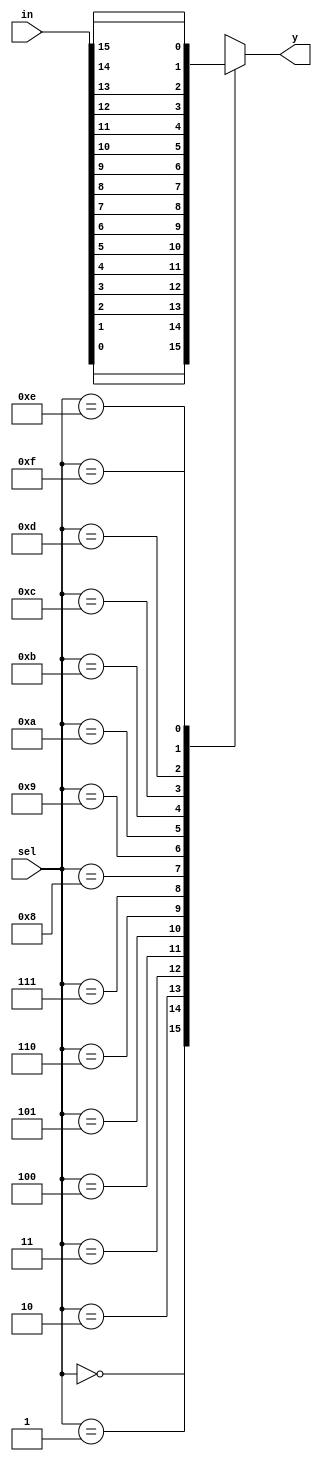
`timescale 1ns / 1ps
//////////////////////////////////////////////////////////////////////////////////
// Company: 
// Engineer: 
// 
// Design Name: 
// Module Name: n-1 mux
// Project Name: 
// Target Devices: 
// Tool Versions: 
// Description: 
// 
// Dependencies: 
// 
// Revision:
// Revision 0.01 - File Created
// Additional Comments:
// 
//////////////////////////////////////////////////////////////////////////////////


module n_1mux(in,sel,y);
parameter n=16;
input [n-1:0] in;
input [3:0] sel;
output reg y;

always @(in or sel)
begin
case(sel)
4'b0000: y= in[0];
4'b0001: y= in[1];
4'b0010: y= in[2];
4'b0011: y= in[3];
4'b0100: y= in[4];
4'b0101: y= in[5];
4'b0110: y= in[6];
4'b0111: y= in[7];
4'b1000: y= in[8];
4'b1001: y= in[9];
4'b1010: y= in[10];
4'b1011: y= in[11];
4'b1100: y= in[12];
4'b1101: y= in[13];
4'b1110: y= in[14];
4'b1111: y= in[n-1];
default: y=4'b0000;
endcase
end
endmodule